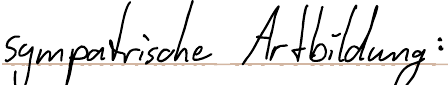
sympatrische Artbildung: